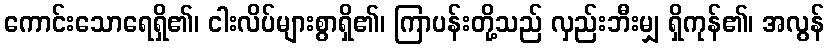
ကောင်းသောရေရှိ၏၊ ငါးလိပ်များစွာရှိ၏၊ ကြာပန်းတို့သည် လှည်းဘီးမျှ ရှိကုန်၏၊ အလွန်